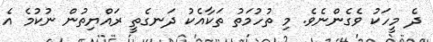
ދެ މީހަކު ވެގެންނެވެ. މި ތުހުމަތު ތަކާއެކު ދަނގެތީ ރައްޔިތުން ނުކުމެ އެ